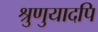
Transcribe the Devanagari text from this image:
श्रुणुयादपि